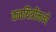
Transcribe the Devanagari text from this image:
कवयित्रींमध्ये